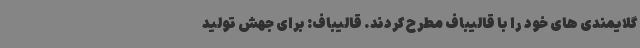
گلایمندی های خود را با قالیباف مطرح کردند. قالیباف: برای جهش تولید